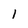
Character: 1